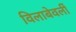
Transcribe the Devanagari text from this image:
विलाबेवर्ली